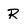
Character: R